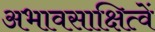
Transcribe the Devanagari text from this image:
अभावसाक्षित्वें